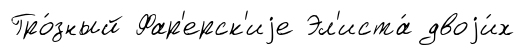
Гро́зный Фар'ерск'иjе Эл'иста́ двоjи́х